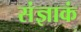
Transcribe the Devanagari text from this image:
संज्ञाकं